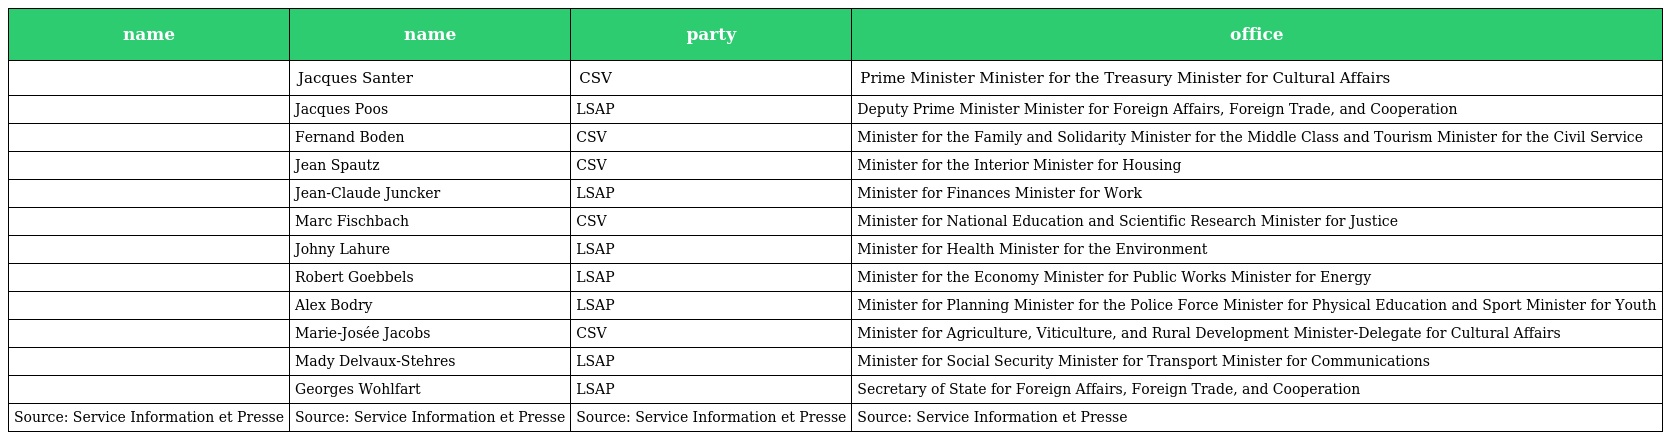
| name | name | party | office |
 | --- | --- | --- | --- |
 |  | Jacques Santer | CSV | Prime Minister Minister for the Treasury Minister for Cultural Affairs |
 |  | Jacques Poos | LSAP | Deputy Prime Minister Minister for Foreign Affairs, Foreign Trade, and Cooperation |
 |  | Fernand Boden | CSV | Minister for the Family and Solidarity Minister for the Middle Class and Tourism Minister for the Civil Service |
 |  | Jean Spautz | CSV | Minister for the Interior Minister for Housing |
 |  | Jean-Claude Juncker | LSAP | Minister for Finances Minister for Work |
 |  | Marc Fischbach | CSV | Minister for National Education and Scientific Research Minister for Justice |
 |  | Johny Lahure | LSAP | Minister for Health Minister for the Environment |
 |  | Robert Goebbels | LSAP | Minister for the Economy Minister for Public Works Minister for Energy |
 |  | Alex Bodry | LSAP | Minister for Planning Minister for the Police Force Minister for Physical Education and Sport Minister for Youth |
 |  | Marie-Josée Jacobs | CSV | Minister for Agriculture, Viticulture, and Rural Development Minister-Delegate for Cultural Affairs |
 |  | Mady Delvaux-Stehres | LSAP | Minister for Social Security Minister for Transport Minister for Communications |
 |  | Georges Wohlfart | LSAP | Secretary of State for Foreign Affairs, Foreign Trade, and Cooperation |
 | Source: Service Information et Presse | Source: Service Information et Presse | Source: Service Information et Presse | Source: Service Information et Presse |